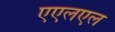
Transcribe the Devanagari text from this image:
एएलएल